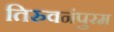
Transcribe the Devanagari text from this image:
तिरुवनंपुरम